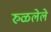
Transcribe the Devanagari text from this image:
रुळलेले